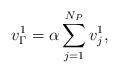
LaTeX: \begin{align*}v_\Gamma^1=\alpha\sum_{j=1}^{N_P} v_j^1,\end{align*}